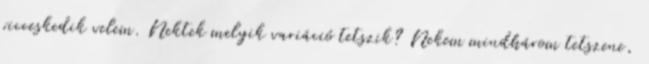
vicceskedik velem. Nektek melyik variáció tetszik? Nekem mindhárom tetszene,